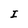
Character: I